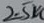
Text: 2.5K